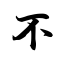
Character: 不